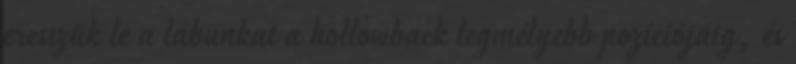
eresszük le a lábunkat a hollowback legmélyebb pozíciójáig, és